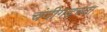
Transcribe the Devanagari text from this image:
चंदीगढच्या